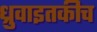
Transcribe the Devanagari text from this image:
ध्रुवाइतकीच